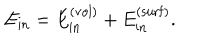
LaTeX: E _ { \mathrm { i n } } = E _ { \mathrm { i n } } ^ { ( \mathrm { v o l } ) } + E _ { \mathrm { i n } } ^ { ( \mathrm { s u r f } ) } .